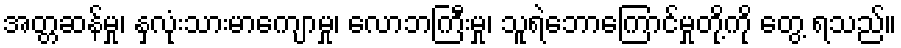
အတ္တဆန်မှု၊ နှလုံးသားမာကျောမှု၊ လောဘကြီးမှု၊ သူရဲဘောကြောင်မှုတို့ကို တွေ့ ရသည်။